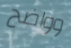
وواضح